Code of medical and sanitary regulations for the guidance of medical officers serving in the Madras Presidency - Volume I
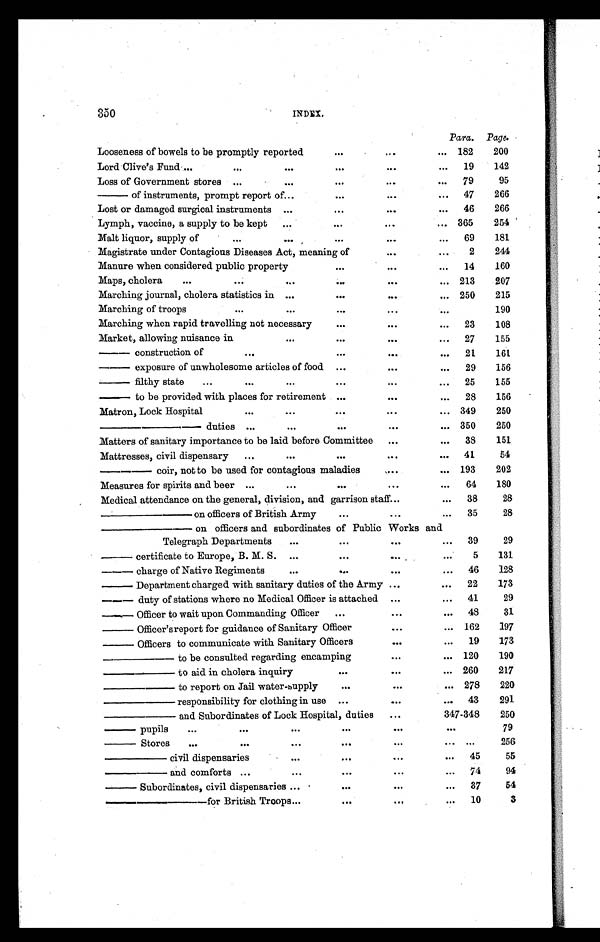
350
INDEX.
Para. Page.
Looseness of bowels to be promptly reported
...
...
... 182
200
Lord Clive's Fund ...
...
. . .
...
...
. . .
19
142
Loss of Government stores
. . .
. . .
...
...
...
79
95
— of instruments, prompt report of
. . . ...
...
...
47
266
Lost or damaged surgical instruments ...
. . .
...
. . .
46
266
Lymph, vaccine, a supply to be kept
...
...
...
... 365
254
Malt liquor, supply of
...
. . .
...
...
...
69
181
Magistrate under Contagious Diseases Act, meaning of
...
. . .
2
244
Manure when considered public propert
...
...
...
14
160
Maps, cholera
...
...
...
...
...
... 213
207
Marching journal, cholera statistics in ...
...
...
... 250
215
Marching of troops
...
. . .
...
... ...
190
Marching when rapid travelling not necessary
... ...
...
23
108
Market, allowing nuisance in
... ... ...
...
27
155
— construction of
...
...
...
...
21
161
— exposure of unwholesome articles of food
...
...
...
29
156
— filthy state
...
... ... ...
...
...
25
155
— t o b e p r o v i d e d w i t h p l a c e s f o r r e t i r e m e n t ...
...
...
28
156
Matron, Lock Hospital
... ...
...
... ...
349
250
— — — d u t i e s ...
. . .
...
...
... 350
250
Matters of sanitary importance to be laid before Committee
...
...
38
151
Mattresses, civil dispensary
...
...
...
...
. . .
41
54
—— coir, not to be used for contagious maladies
...
... 193
202
Measures for spirits and beer ...
. . .
...
...
...
64
180
Medical attendance on the general, division, and garrison staff ...
...
38
28
——— on officers of British Army
. . .
. . .
...
35
28
— — — o n
o f f i c e r s a n d s u b o r d i n a t e s
o f P u b l i cW
o r k s a n d
Telegraph Departments
...
...
. . .
...
39
29
— c e r t i f i c a t e t o E u r o p e ,
B . M . S .
...
. . .
. . .
. . .
5
131
— charge of Native Regiments
. . .
...
. . .
...
46
128
— Department charged with sanitary duties of the Army ...
...
22
173
— duty of stations where no Medical Officer is attached
...
...
41
29
— Officer to wait upon Commanding Officer
...
...
...
48
31
— Officer's report for guidance of Sanitary Officer
. . .
... 162
197
— Officers to communicate with Sanitary Officers
. . .
...
19
173
— — t o b e c o n s u l t e d r e g a r d i n g e n c a m p i n g
...
... 120
190
—— to aid in cholera inquiry
...
. . .
... 260
217
—— to report on Jail water-supply
. . .
...
... 278
220
—— responsibility for clothing in use
...
...
...
43
291
—— and Subordinates of Lock Hospital, duties
...
347-348
250
— p
u p i l s
...
...
. . .
. . .
. . .
. . .
79
— Stores
...
...
. . .
. . .
. . .
. . .
. . .
256
—— civil dispensaries
...
. . .
...
...
45
55
——
and comforts ...
. . .
...
...
...
74
94
— Subordinates, civil dispensaries ...
...
. . .
...
37
54
——— for British Troops ...
. . .
. . .
...
10
3